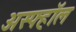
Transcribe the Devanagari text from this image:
अस्फ्हॉल